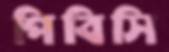
পিবিসি